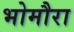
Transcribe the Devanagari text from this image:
भोमौरा